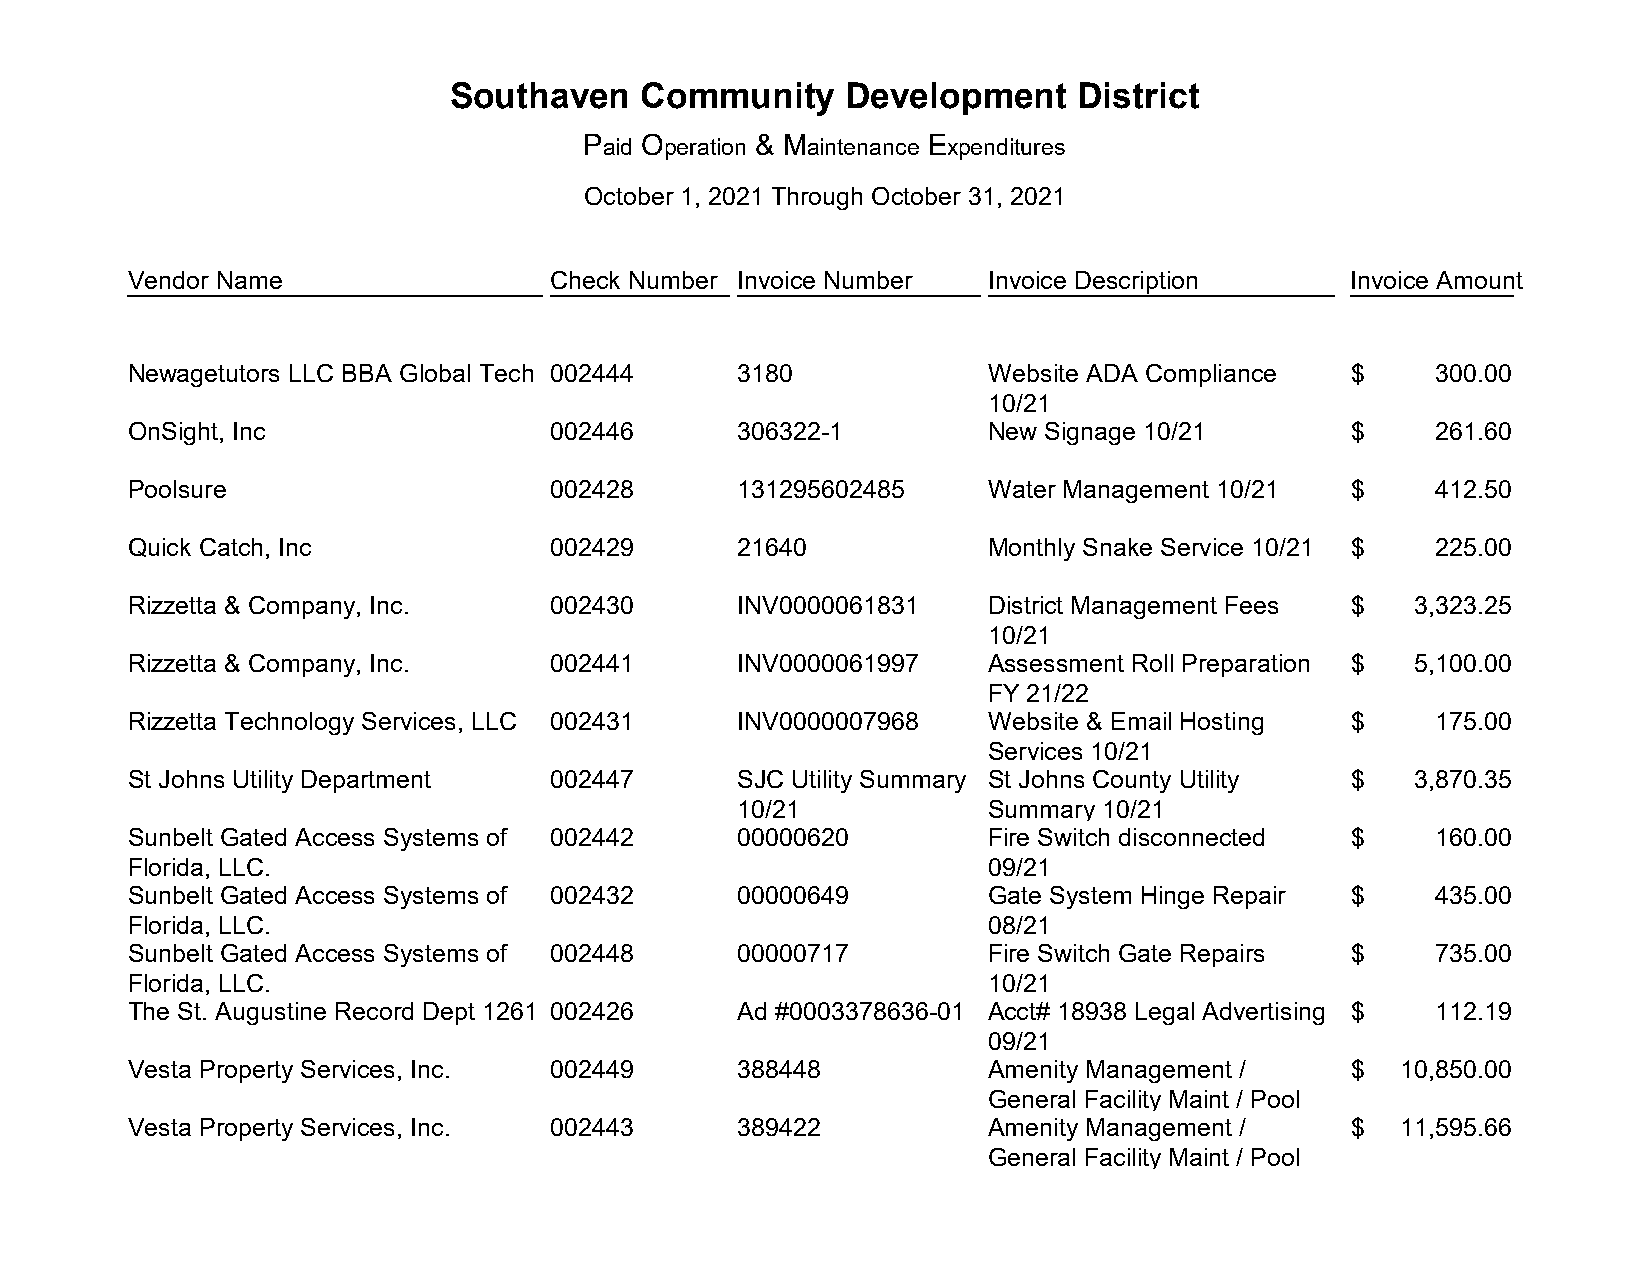
Southaven    Community     Development    District
 Paid Operation & Maintenance Expenditures
 October 1, 2021 Through October 31, 2021
 Vendor Name                 Check Number Invoice Number  Invoice Description     Invoice Amount
 Newagetutors LLC BBA Global Tech 002444 3180             Website ADA Compliance  $     300.00
 10/21
 OnSight, Inc                002446      306322-1         New Signage 10/21       $     261.60
 Poolsure                    002428      131295602485     Water Management 10/21  $     412.50
 Quick Catch, Inc            002429      21640            Monthly Snake Service 10/21 $ 225.00
 Rizzetta & Company, Inc.    002430      INV0000061831    District Management Fees $  3,323.25
 10/21
 Rizzetta & Company, Inc.    002441      INV0000061997    Assessment Roll Preparation $ 5,100.00
 FY 21/22
 Rizzetta Technology Services, LLC 002431 INV0000007968   Website & Email Hosting $     175.00
 Services 10/21
 St Johns Utility Department 002447      SJC Utility Summary St Johns County Utility $ 3,870.35
 10/21            Summary 10/21
 Sunbelt Gated Access Systems of 002442  00000620         Fire Switch disconnected $    160.00
 Florida, LLC.                                            09/21
 Sunbelt Gated Access Systems of 002432  00000649         Gate System Hinge Repair $    435.00
 Florida, LLC.                                            08/21
 Sunbelt Gated Access Systems of 002448  00000717         Fire Switch Gate Repairs $    735.00
 Florida, LLC.                                            10/21
 The St. Augustine Record Dept 1261 002426 Ad #0003378636-01 Acct# 18938 Legal Advertising $ 112.19
 09/21
 Vesta Property Services, Inc. 002449    388448           Amenity Management /    $  10,850.00
 General Facility Maint / Pool
 Vesta Property Services, Inc. 002443    389422           Amenity Management /    $  11,595.66
 General Facility Maint / Pool